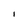
Character: I